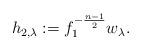
LaTeX: \begin{align*} h_{2,\lambda} := f_1^{-\frac{n-1}{2}}w_{\lambda} .\end{align*}